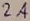
Text: 2A